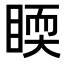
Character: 𥈇